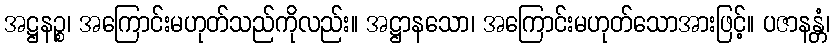
အဋ္ဌနဉ္စ၊ အကြောင်းမဟုတ်သည်ကိုလည်း။ အဋ္ဌာနသော၊ အကြောင်းမဟုတ်သောအားဖြင့်။ ပဇာနန္တံ၊